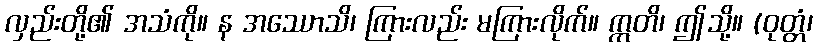
လှည်းတို့၏ အသံကို။ န အဿောသိ၊ ကြားလည်း မကြားလိုက်။ ဣတိ၊ ဤသို့။ (ဝုတ္တံ၊